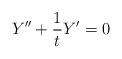
LaTeX: \begin{align*}Y^{\prime\prime} +\frac{1}{t}Y^\prime=0\end{align*}